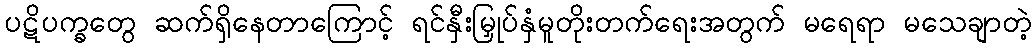
ပဋိပက္ခတွေ ဆက်ရှိနေတာကြောင့် ရင်နှီးမြှုပ်နှံမူတိုးတက်ရေးအတွက် မရေရာ မသေချာတဲ့